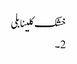
خشک کلینابلی
2 ۔